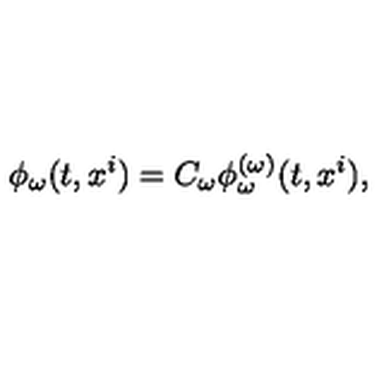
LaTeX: \phi _ { \omega } ( t , x ^ { i } ) = C _ { \omega } \phi _ { \omega } ^ { ( \omega ) } ( t , x ^ { i } ) ,